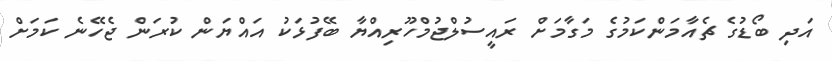
އަދި ބޯޑުގެ ޗެއާމަންކަމުގެ މަގާމަށް ރައީސުލްޖުމްހޫރިއްޔާ ބޭފުޅަކު އައްޔަން ކުރަން ޖެހޭނެ ކަމަށް